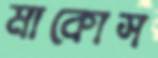
মাকোস